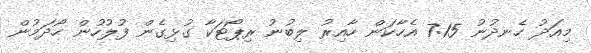
މިއަދު ހެނދުނު 7:15 އެހާކަން ހާއިރު ލިބުނު ރިޕޯޓަކާ ގުޅިގެން ފުލުހުން ހޯދަމުން